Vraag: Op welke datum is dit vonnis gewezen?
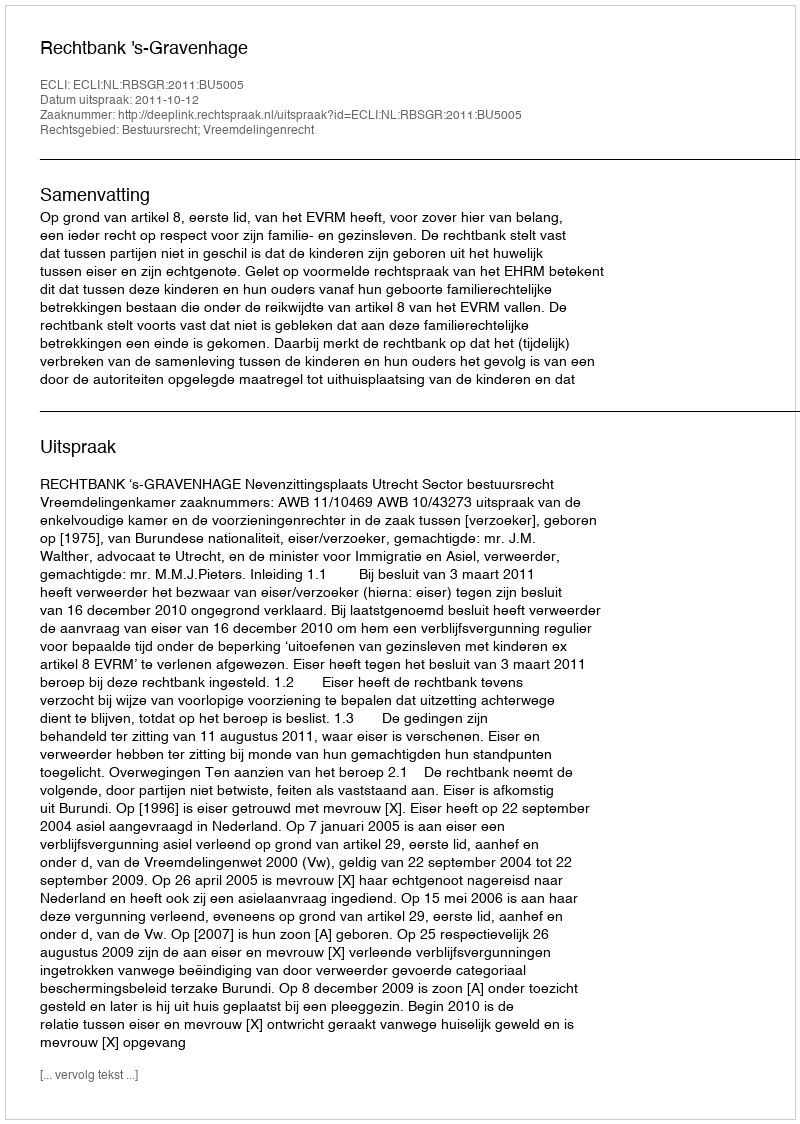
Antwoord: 2011-10-12